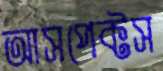
আসপেক্টস